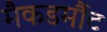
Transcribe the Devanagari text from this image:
मैकडर्मौट